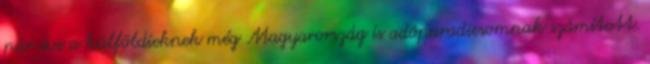
pár éve a külföldieknek még Magyarország is adóparadicsomnak számított.